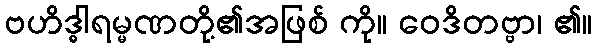
ဗဟိဒ္ဓါရမ္မဏတို့၏အဖြစ် ကို။ ဝေဒိတဗ္ဗာ၊ ၏။